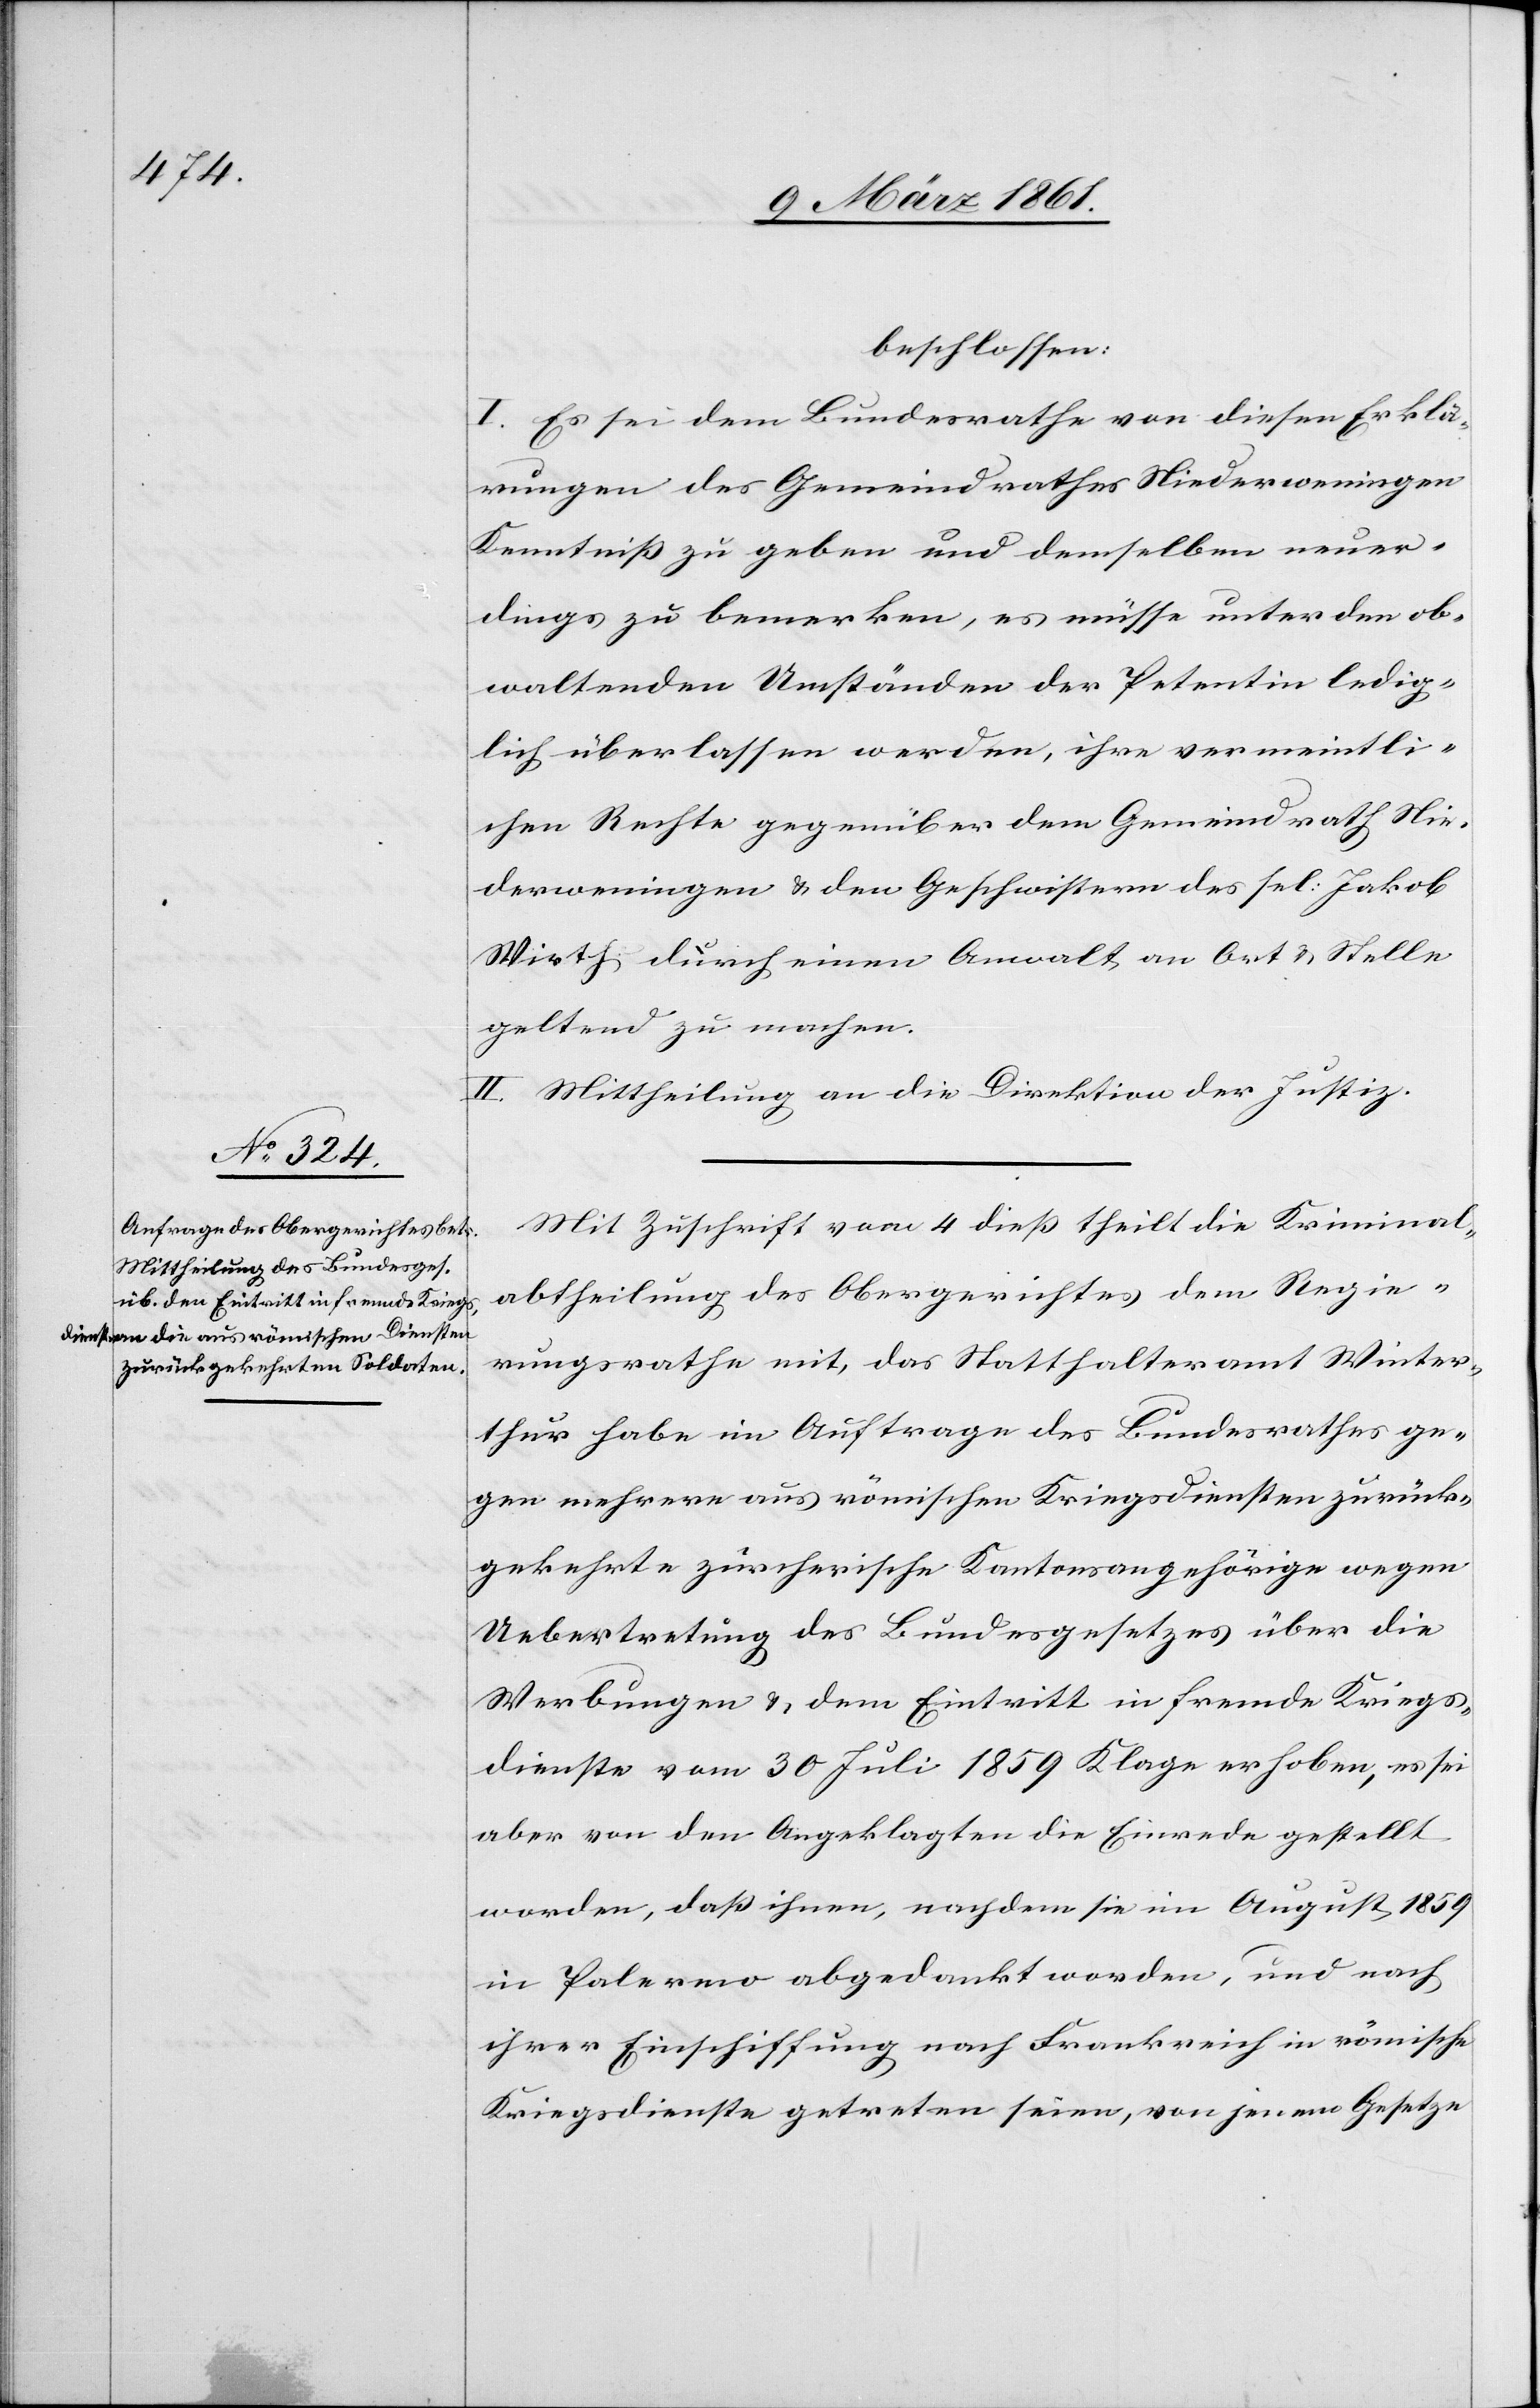
beschlossen:
I. Es sei dem Bundesrathe von diesen Erklä¬
rungen des Gemeindrathes Niederweningen
Kenntniss zu geben und demselben neuer¬
dings zu bemerken, es müsse unter den ob¬
waltenden Umständen der Petentin ledig¬
lich überlassen werden, ihre vermeintli¬
chen Rechte gegenüber dem Gemeindrath Nie¬
derweningen u. den Geschwistern des sel: Jakob
Wirth durch einen Anwalt an Ort u. Stelle
geltend zu machen.
II. Mittheilung an die Direktion der Justiz.
Mit Zuschrift vom 4 diess theilt die Kriminal¬
abtheilung des Obergerichtes dem Regie¬
rungsrathe mit, das Statthalteramt Winter¬
thur habe im Auftrage des Bundesrathes ge¬
gen mehrere aus römischen Kriegsdiensten zurück¬
gekehrte zürcherische Kantonsangehörige wegen
Uebertretung des Bundesgesetzes über die
Werbungen u. dem Eintritt in fremde Kriegs¬
dienste vom 30. Juli 1859 Klage erhoben, es sei
aber von den Angeklagten die Einrede gestellt
worden, dass ihnen, nachdem sie im August 1859
in Palermo abgedankt worden, und nach
ihrer Einschiffung nach Frankreich in römische
Kriegsdienste getreten seien, von jenem Gesetze